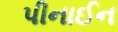
પીનાઈન